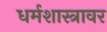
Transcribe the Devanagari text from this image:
धर्मशास्त्रावर